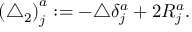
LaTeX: \left( \triangle _ { 2 } \right) _ { j } ^ { a } : = - \triangle \delta _ { j } ^ { a } + 2 R _ { j } ^ { a } .